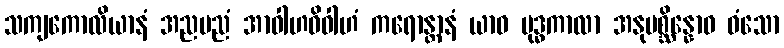
သကျကောလိယာနံ အညမညံ အာဝါဟဝိဝါဟံ ကရောန္တာနံ ယာဝ ဗုဒ္ဓကာလာ အနုပစ္ဆိန္နောဝ ဝံသော